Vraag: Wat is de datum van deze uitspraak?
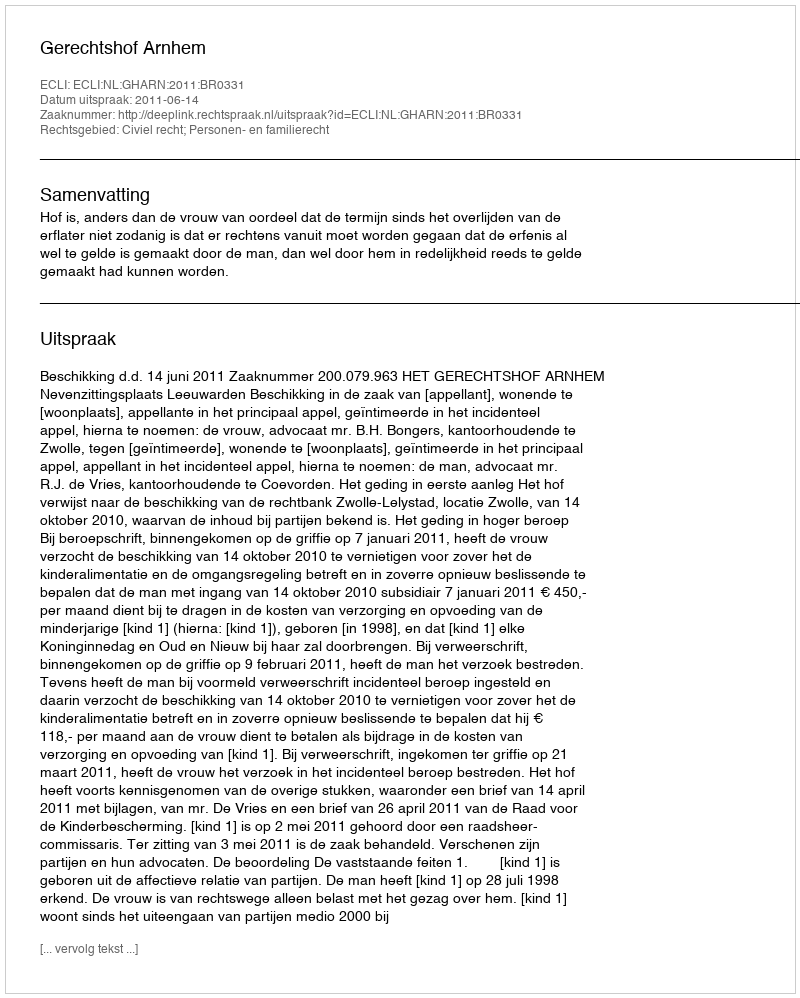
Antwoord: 2011-06-14